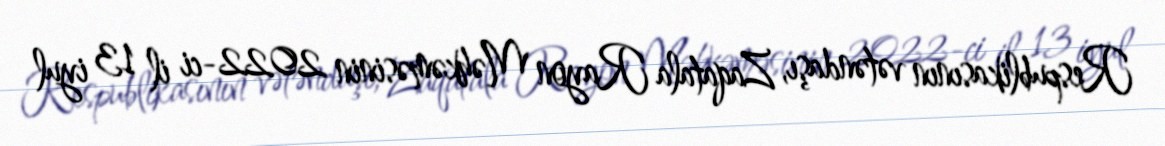
Respublikasının vətəndaşı, Zaqatala Rayon Məhkəməsinin 2022-ci il 13 iyul